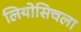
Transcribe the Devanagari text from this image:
लियोसिचला